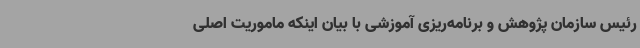
رئیس سازمان پژوهش و برنامه‌ریزی آموزشی با بیان اینکه ماموریت اصلی